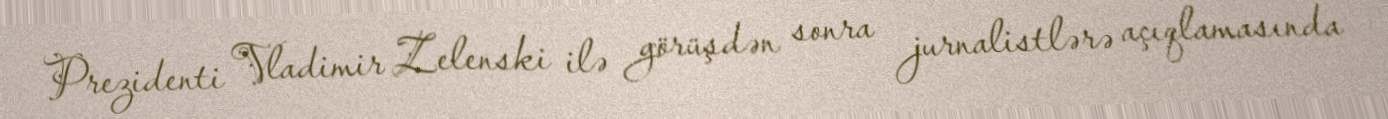
Prezidenti Vladimir Zelenski ilə görüşdən sonra jurnalistlərə açıqlamasında